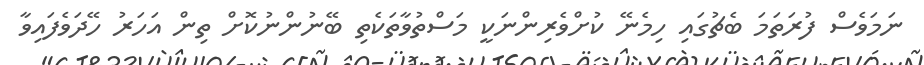
ނަމަވެސް ފުރަތަމަ ބެޗުގައި ހިމެނޭ ކުށްވެރިންނަކީ މަސްތުވާތަކެތި ބޭނުންނުކޮށް ތިން އަހަރު ހޭދަވެފައިވާ